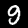
Label: 9